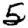
Digit: 5